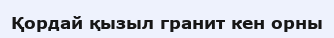
Қордай қызыл гранит кен орны